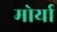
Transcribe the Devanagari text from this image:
मोर्या